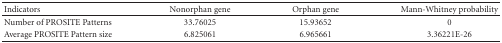
<table><thead><tr><td><b>Indicators</b></td><td><b>Nonorphan gene</b></td><td><b>Orphan gene</b></td><td><b>Mann-Whitneyprobability</b></td></tr></thead><tbody><tr><td>Number of PROSITE Patterns</td><td>33.76025</td><td>15.93652</td><td>0</td></tr><tr><td>Average PROSITE Pattern size</td><td>6.825061</td><td>6.965661</td><td>3.36221E-26</td></tr></tbody></table>